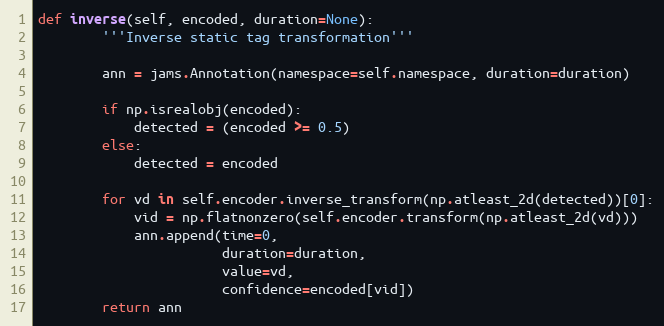
Language: Python
def inverse(self, encoded, duration=None):
        '''Inverse static tag transformation'''

        ann = jams.Annotation(namespace=self.namespace, duration=duration)

        if np.isrealobj(encoded):
            detected = (encoded >= 0.5)
        else:
            detected = encoded

        for vd in self.encoder.inverse_transform(np.atleast_2d(detected))[0]:
            vid = np.flatnonzero(self.encoder.transform(np.atleast_2d(vd)))
            ann.append(time=0,
                       duration=duration,
                       value=vd,
                       confidence=encoded[vid])
        return ann